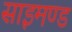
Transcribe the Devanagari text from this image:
साइमण्ड